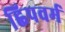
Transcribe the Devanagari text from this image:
ह्विपवर्म